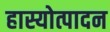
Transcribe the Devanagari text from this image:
हास्योत्पादन